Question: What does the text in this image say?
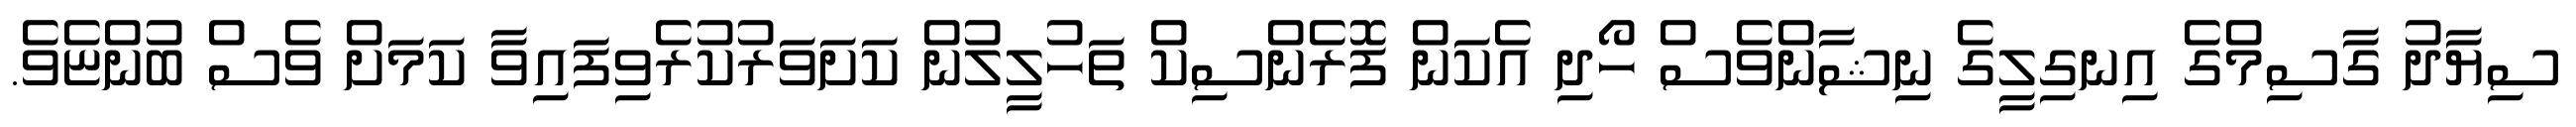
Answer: ސިޔާދު ގާސިމްގެ އިނގިލީގެ ނިޝާންވެސް ހޯދި އެކަން ފޮރެންސިކް ތަހުލީލުން ކަށަވަރުކުރެވިފައިވާ ކަމަށް ވެސް ބުންޏެވެ.